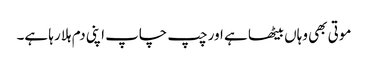
موتی بھی وہاں بیٹھا ہے اور چپ چاپ اپنی دم ہلا رہا ہے۔